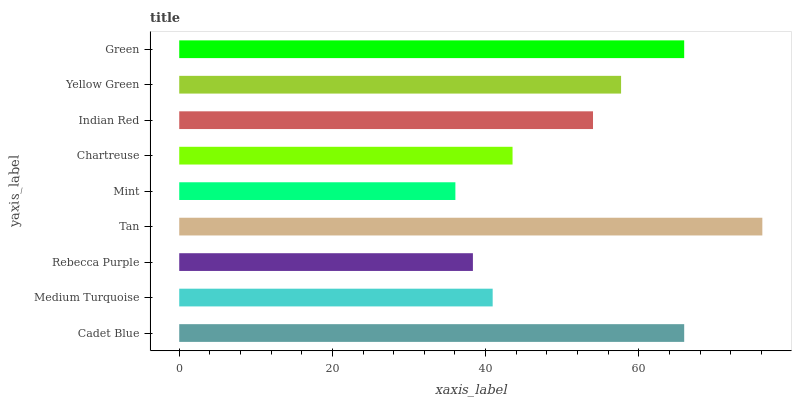
| yaxis_label | bars |
 | --- | --- |
 | Cadet Blue | 65.9 |
 | Medium Turquoise | 40.9 |
 | Rebecca Purple | 38.3 |
 | Tan | 76.1 |
 | Mint | 36.1 |
 | Chartreuse | 43.5 |
 | Indian Red | 54 |
 | Yellow Green | 57.7 |
 | Green | 65.9 |